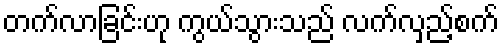
တက်လာခြင်းဟု ကွယ်သွားသည် လက်လှည့်စက်